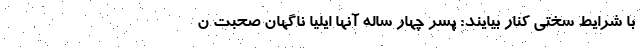
با شرایط سختی کنار بیایند: پسر چهار ساله آنها ایلیا ناگهان صحبت ن